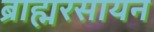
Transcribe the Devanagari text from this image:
ब्राह्मरसायन